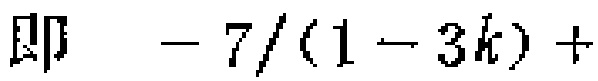
即 \(-7/(1 - 3k)+ \)